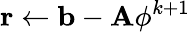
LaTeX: \mathbf{r}\leftarrow\mathbf{b}-\mathbf{A}\phi^{k+1}